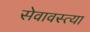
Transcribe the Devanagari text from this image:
सेवावस्त्या